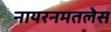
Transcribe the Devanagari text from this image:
नायरनमतलेस